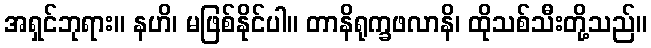
အရှင်ဘုရား။ နဟိ၊ မဖြစ်နိုင်ပါ။ တာနိရုက္ခဖလာနိ၊ ထိုသစ်သီးတို့သည်။